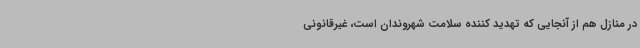
در منازل هم از آنجایی که تهدید کننده سلامت شهروندان است، غیرقانونی